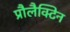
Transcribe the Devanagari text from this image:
प्रौलैक्टिन